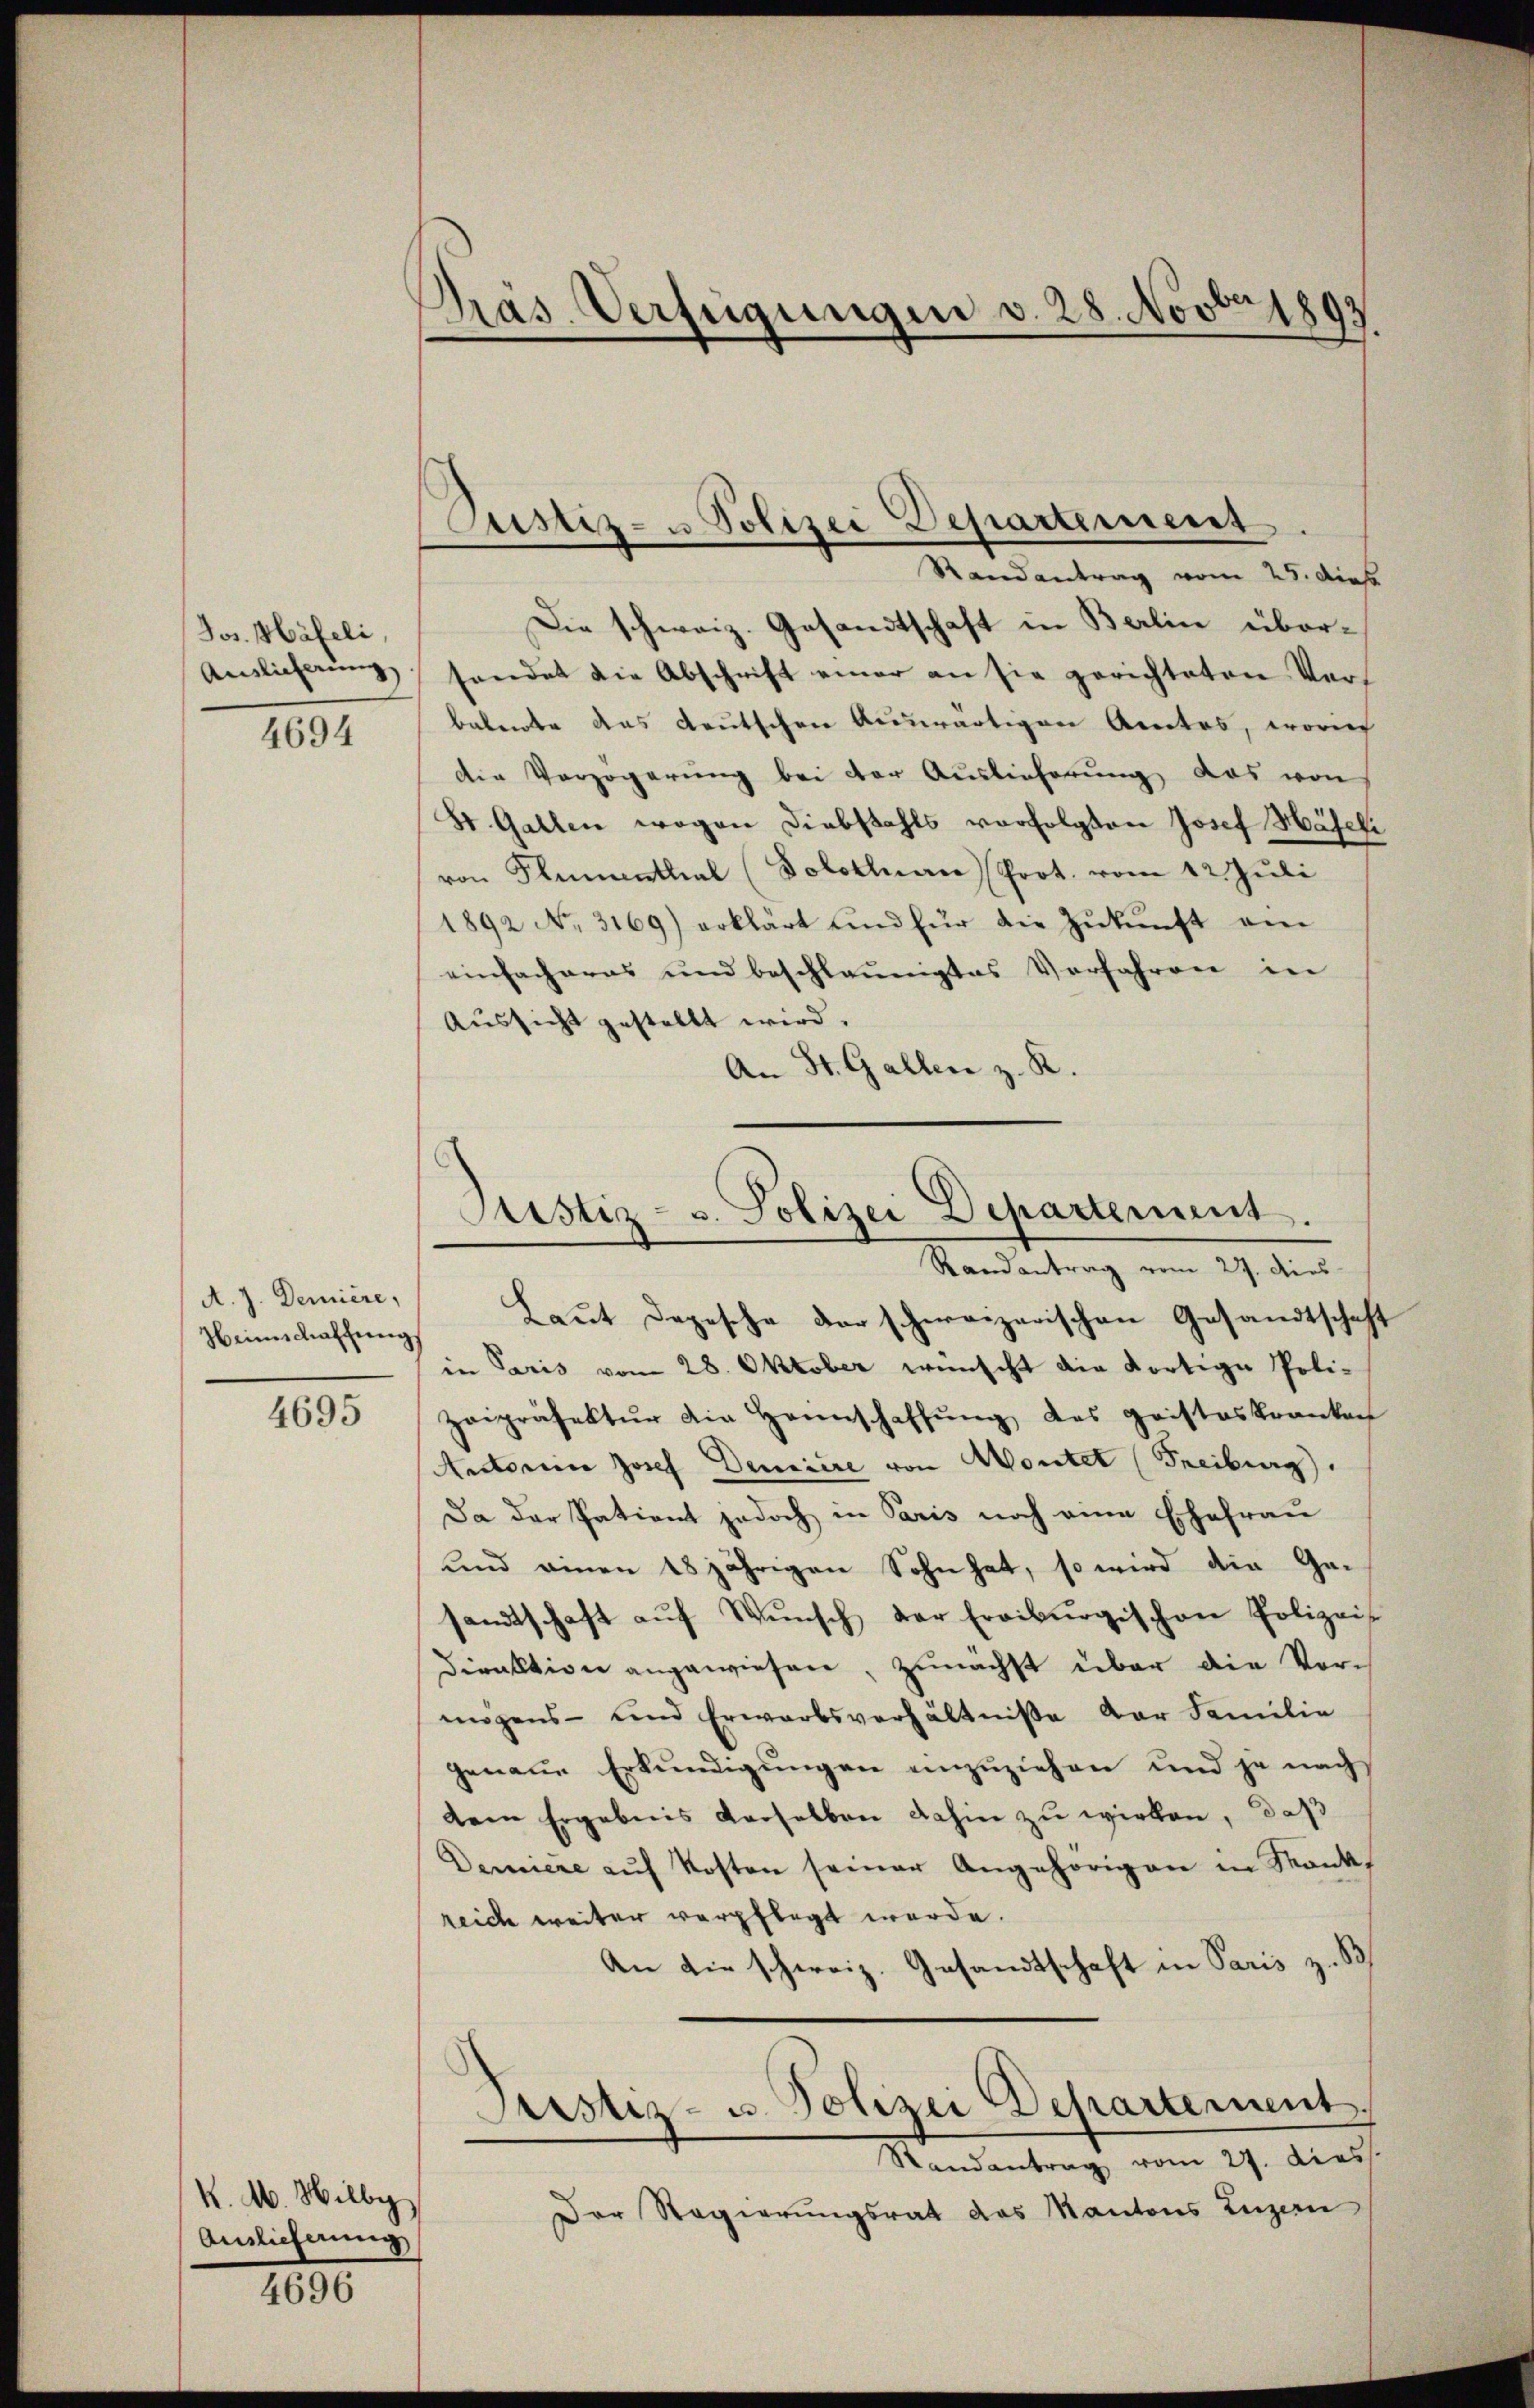
Jos. Häfeli,
Auslieferung
4694

A. J. Demière,
Heimschaffung

4695

K. M. Hilby
Auslieferung

4696

Präs. Verfügungen v. 28. Novbr 1893

Justiz- u Polizei Departement
Randantrag vom 25. dies

Die schweiz. Gesandtschaft in Berlin übersendet die Abschrift einer an sie gerichteten Verbatente das deutschen Auswärtigen Amtes, worin
die Verzögerung bei der Auslieferung, das von
St. Gallen wegen Diebstahls vorfolgten Josef Haseli
von Flumenthal (Solothurn Prot. vom 12. Juli
1892 No. 3169) erklärt und für die Zŭkŭnft am
einfacheres und beschleunigtes Verfahren in
Aussicht gestellt wird.
An St. Gallen z. R.

Justiz- u. Polizei Departement.
Randantrag vom 27. Ders

Laut Depesche der schweizerischen Gesandtschaft
in Paris vom 28. Oktober wünscht die dortige Poli-
Zeipräsektŭr die Hannschaffŭng des geisteskranken
Autoria Josef Damiere von Montet (Freiburg.
Da der Patient jedoch in Paris noch eine Ehefrau
und einen 18jährigen Sohn hat, so wird die Ga-
sandtschaft aŭf Wŭnsch der Eroiburgischen Polizei-
Direktion angewiesen, zunächst über die Vormögens- und Erwarbsverhältniße der Familie
genaue Erkundigungen einzuziehen und je nach
dem Ergebnis derselben dahin zu wirken, daß
Deniere aŭf Kosten seiner Angehörigen in Mank
reich weiter verpflegt werde.
An die schweiz. Gesandtschaft in Paris z. B
Puster- u. Polizei Departement
Nandantrag vom 27. dies
Der Regierungsrat des Kantons Luzern